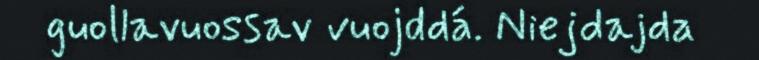
guollavuossav vuojddá. Niejdajda